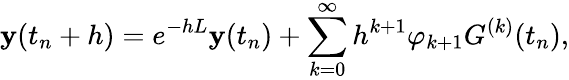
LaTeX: \mathbf{y}(t_{n}+h)=e^{-hL}\mathbf{y}(t_{n})+\sum_{k=0}^{\infty}h^{k+1}\varphi_{k+1}G^{(k)}(t_{n}),